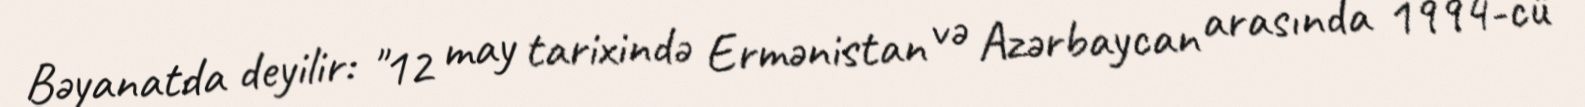
Bəyanatda deyilir: "12 may tarixində Ermənistan və Azərbaycan arasında 1994-cü